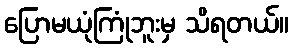
ပြောမယုံကြုံဘူးမှ သိရတယ်။